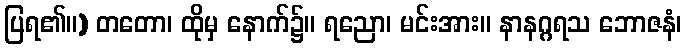
ပြရ၏။) တတော၊ ထိုမှ နောက်၌။ ရညော၊ မင်းအား။ နာနဂ္ဂရသ ဘောဇနံ၊